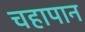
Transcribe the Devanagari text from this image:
चहापान